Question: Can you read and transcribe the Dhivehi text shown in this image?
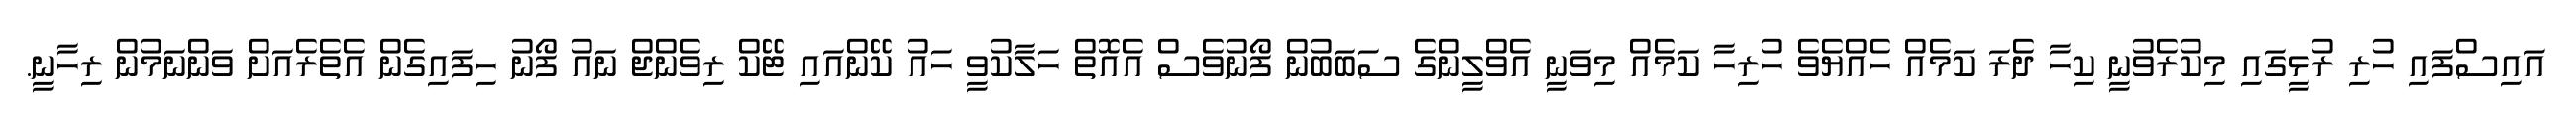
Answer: އައިސްފައި ހުރި ރުޅީގައި މިކުރެވުނީ ކިހާ ދެރަ ކަމެއް ހެއްޔެވެ ހުރިހާ ކަމެއް މިވަނީ އެވްލީންގެ ސަބަބުން ފޯނުވެސް އެއޮތް ހަލާކުވީ ހައު ކޭންއައި ޓޭކް ރިވެންޖް ނައު ފޯނު ހިފައިގެން އެތެރެއަށް ވަންނަމުން ރިހާނީ.